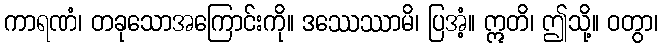
ကာရဏံ၊ တခုသောအကြောင်းကို။ ဒဿေဿာမိ၊ ပြအံ့။ ဣတိ၊ ဤသို့။ ဝတွာ၊